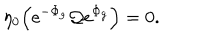
\eta _ { 0 } \Bigl ( \mathrm { e } ^ { - \Phi _ { g } } { \cal Q } \mathrm { e } ^ { \Phi _ { g } } \Bigr ) = 0 .